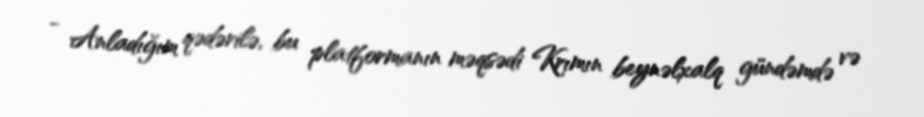
- Anladığım qədərilə, bu platformanın məqsədi Krımın beynəlxalq gündəmdə və